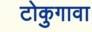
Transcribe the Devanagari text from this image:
टोकुगावा